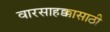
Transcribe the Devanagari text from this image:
वारसाहक्कासाठी